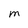
Character: M